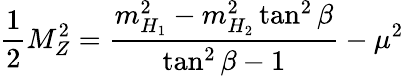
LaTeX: \frac{1}{2}M_{Z}^{2}=\frac{m_{H_{1}}^{2}-m_{H_{2}}^{2}\tan^{2}\beta}{\tan^{2}\beta-1}-\mu^{2}